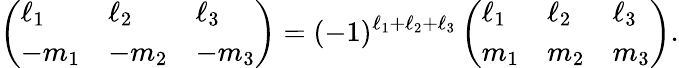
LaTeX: \left(\begin{array}{lll}{\ell_{1}}&{\ell_{2}}&{\ell_{3}}\\ {-m_{1}}&{-m_{2}}&{-m_{3}}\end{array}\right)=(-1)^{\ell_{1}+\ell_{2}+\ell_{3}}\left(\begin{array}{lll}{\ell_{1}}&{\ell_{2}}&{\ell_{3}}\\ {m_{1}}&{m_{2}}&{m_{3}}\end{array}\right).